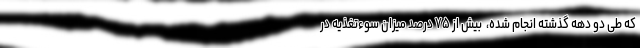
که طی دو دهه گذشته انجام شده، ‌ بیش از ۷۵ درصد میزان سوءتغذیه در